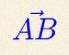
\vec{AB}